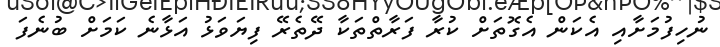
ނުހިފުމަށާއި އެކަން އެގޮތަށް ކުރާ ފަރާތްތަކާ ދޭތެރޭ ފިޔަވަޅު އަޅާނެ ކަމަށް ބުނެފަ